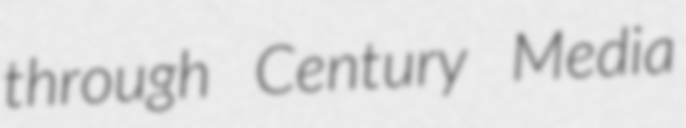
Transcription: through Century Media